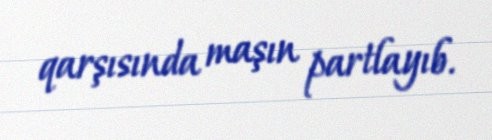
qarşısında maşın partlayıb.